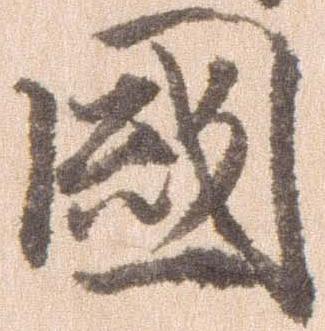
国